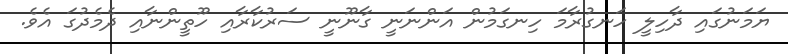
ޔަމަނުގައި ދާހިލީ ހަނގުރާމަ ހިނގަމުން އަންނަނީ ގާނޫނީ ސަރުކާރާއި ހޫތީންނާއި ދެމެދުގަ އެވެ.